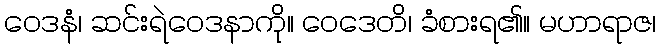
ဝေဒနံ၊ ဆင်းရဲဝေဒနာကို။ ဝေဒေတိ၊ ခံစားရ၏။ မဟာရာဇ၊